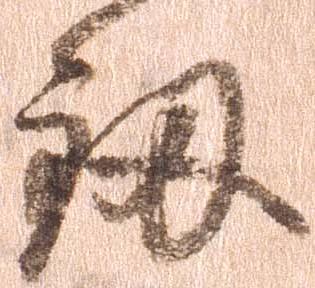
釼